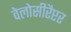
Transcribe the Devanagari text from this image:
वेलोसीरैप्टर